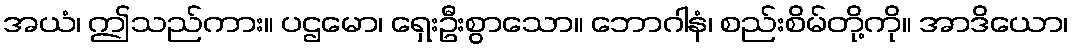
အယံ၊ ဤသည်ကား။ ပဌမော၊ ရှေးဦးစွာသော။ ဘောဂါနံ၊ စည်းစိမ်တို့ကို။ အာဒိယော၊